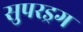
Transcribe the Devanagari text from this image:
सुपरड्रग